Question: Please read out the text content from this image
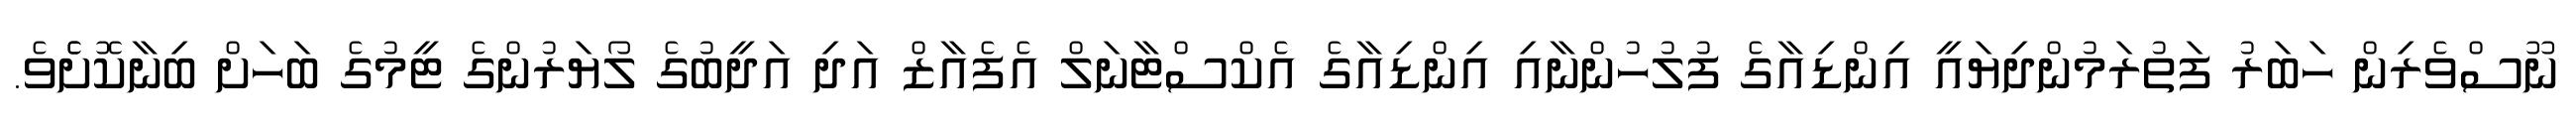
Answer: ނޫސްވެރިން ހަބަރު ފަތުރަމުންދިޔައީ އިންޑިއާގެ ފުލުހުންނާއި އިންޑިއާގެ އެކްސްޓާނަލް އެފެއާޒް އަދި އަދީބުގެ ލޯޔަރުންގެ ޓީމުގެ ބަހަށް ބިނާކޮށެެވެ.